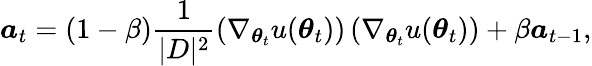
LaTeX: \boldsymbol{a}_{t}=(1-\beta)\frac{1}{|D|^{2}}\left(\nabla_{\boldsymbol{\theta}_{t}}u(\boldsymbol{\theta}_{t})\right)\left(\nabla_{\boldsymbol{\theta}_{t}}u(\boldsymbol{\theta}_{t})\right)+\beta\boldsymbol{a}_{t-1},